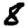
Digit: 8